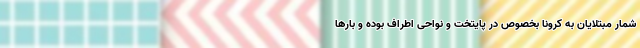
شمار مبتلایان به کرونا بخصوص در پایتخت و نواحی اطراف بوده و بارها